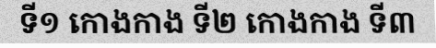
ទី១ កោងកាង ទី២ កោងកាង ទី៣